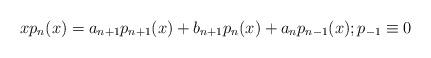
LaTeX: \begin{align*} xp_n(x) = a_{n+1}p_{n+1}(x) + b_{n+1}p_n(x) + a_n p_{n-1}(x); p_{-1} \equiv 0\end{align*}